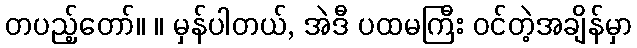
တပည့်တော်။ ။ မှန်ပါတယ်, အဲဒီ ပထမကြီး ဝင်တဲ့အချိန်မှာ